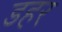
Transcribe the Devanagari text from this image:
डहर